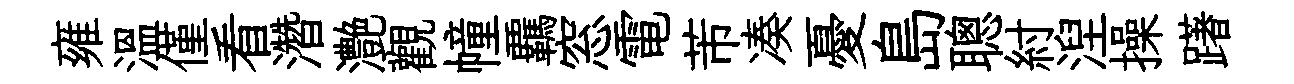
雍温僅看濳灔觀幢覊窓電芾凑憂島聰紂湼操躇